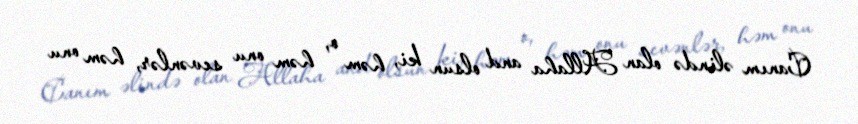
Canım əlində olan Allaha and olsun ki, həm o, həm onu sevənlər, həm onu